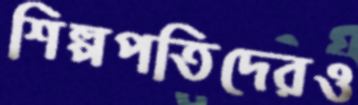
শিল্পপতিদেরও